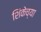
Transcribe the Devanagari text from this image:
शिंकेच्या